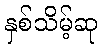
နှစ်သိမ့်ဆု